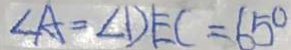
\angle A = \angle D E C = 6 5 ^ { \circ }